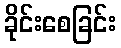
ခိုင်းစေခြင်း